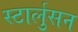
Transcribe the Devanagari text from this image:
स्टार्लुसन